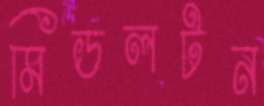
মিডলটন